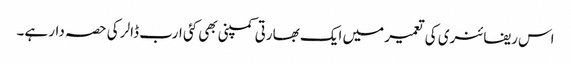
اس ریفائنری کی تعمیر میں ایک بھارتی کمپنی بھی کئی ارب ڈالر کی حصہ دار ہے۔